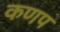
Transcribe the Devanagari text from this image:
कणप